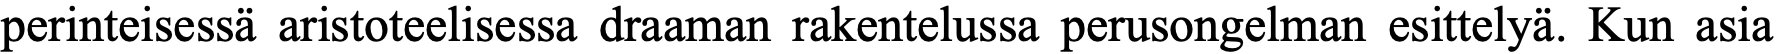
perinteisessä aristoteelisessa draaman rakentelussa perusongelman esittelyä. Kun asia